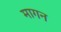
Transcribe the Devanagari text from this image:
मागन